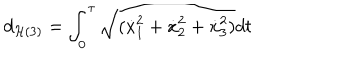
LaTeX: d _ { { \cal H } ( 3 ) } = \int _ { 0 } ^ { \tau } \sqrt { ( { \dot { x } } _ { 1 } ^ { 2 } + { \dot { x } } _ { 2 } ^ { 2 } + { \dot { x } } _ { 3 } ^ { 2 } ) } d t